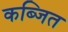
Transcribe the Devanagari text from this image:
कब्जित